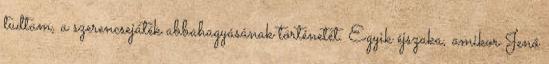
tudtam, a szerencsejáték abbahagyásának történetét. Egyik éjszaka, amikor Jenő